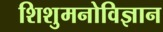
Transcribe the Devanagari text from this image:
शिशुमनोविज्ञान